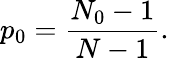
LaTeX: p_{0}=\frac{N_{0}-1}{N-1}.